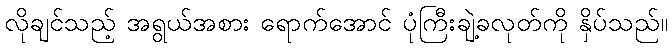
လိုချင်သည့် အရွယ်အစား ရောက်အောင် ပုံကြီးချဲ့ခလုတ်ကို နှိပ်သည်။